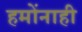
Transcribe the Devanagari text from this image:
हमोंनाही